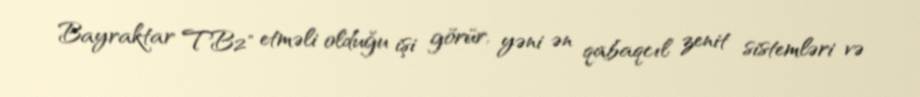
Bayraktar TB2" etməli olduğu işi görür, yəni ən qabaqcıl zenit sistemləri və